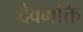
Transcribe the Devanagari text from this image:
देवभक्ति